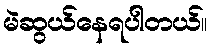
မဲဆွယ်နေရပါတယ်။